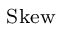
_ { \mathrm { S k e w } }